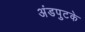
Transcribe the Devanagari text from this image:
अंडपुटके